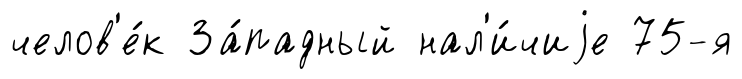
челов'е́к За́падный нал'и́чиjе 75-я